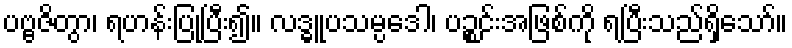
ပဗ္ဗဇိတွာ၊ ရဟန်းပြုပြီး၍။ လဒ္ဓူပသမ္ပဒေါ၊ ပဉ္စင်းအဖြစ်ကို ရပြီးသည်ရှိသော်။